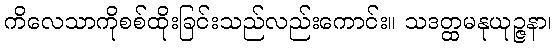
ကိလေသာကိုစစ်ထိုးခြင်းသည်လည်းကောင်း။ သဒတ္ထမနုယုဉ္ဇနာ၊